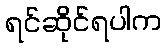
ရင်ဆိုင်ရပါက